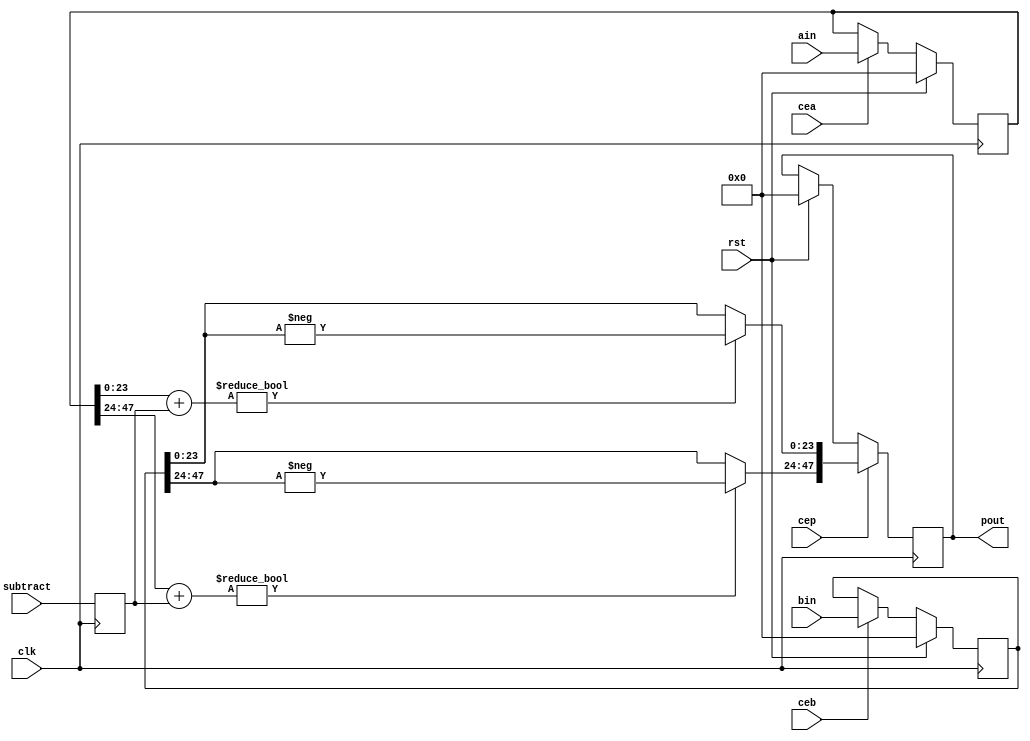
// This program was cloned from: https://github.com/Elphel/x393
// License: GNU General Public License v3.0

/*!
 * <b>Module:</b>dsp_addsub_simd
 * @file dsp_addsub_simd.v
 * @date 2016-06-05  
 * @author  Andrey Filippov
 *     
 * @brief SIMD adder/subtracter
 *
 * @copyright Copyright (c) 2016 Elphel, Inc.
 *
 * <b>License:</b>
 *
 *dsp_addsub_simd.v is free software; you can redistribute it and/or modify
 * it under the terms of the GNU General Public License as published by
 * the Free Software Foundation, either version 3 of the License, or
 * (at your option) any later version.
 *
 *  dsp_addsub_simd.v is distributed in the hope that it will be useful,
 * but WITHOUT ANY WARRANTY; without even the implied warranty of
 * MERCHANTABILITY or FITNESS FOR A PARTICULAR PURPOSE.  See the
 * GNU General Public License for more details.
 *
 * You should have received a copy of the GNU General Public License
 * along with this program.  If not, see <http://www.gnu.org/licenses/> .
 *
 * Additional permission under GNU GPL version 3 section 7:
 * If you modify this Program, or any covered work, by linking or combining it
 * with independent modules provided by the FPGA vendor only (this permission
 * does not extend to any 3-rd party modules, "soft cores" or macros) under
 * different license terms solely for the purpose of generating binary "bitstream"
 * files and/or simulating the code, the copyright holders of this Program give
 * you the right to distribute the covered work without those independent modules
 * as long as the source code for them is available from the FPGA vendor free of
 * charge, and there is no dependence on any encrypted modules for simulating of
 * the combined code. This permission applies to you if the distributed code
 * contains all the components and scripts required to completely simulate it
 * with at least one of the Free Software programs.
 */
`timescale 1ns/1ps

module  dsp_addsub_simd#(
    parameter NUM_DATA =  2,   // Currently with INSTANTIATE_DSP48E1 should be 2
    parameter WIDTH =    24    // Currently with INSTANTIATE_DSP48E1 should be 24
)(
    input                          clk,
    input                          rst,
    input  [NUM_DATA * WIDTH -1:0] ain,
    input  [NUM_DATA * WIDTH -1:0] bin,
    input                          cea,      // load a registers
    input                          ceb,      // load b registers
    input                          subtract, // 0 - add, 1 - subtract
    input                          cep,      // load output registers
    output [NUM_DATA * WIDTH -1:0] pout);

`ifdef INSTANTIATE_DSP48E1
    wire [4:0] inmode = { 1'b1,  // ~selb,
                          1'b0,  // sub_d,
                          1'b0,  // seld,
                          1'b0,  // seld, // ~en_a,
                          1'b1}; // ~sela};
// No CIN in the middle of SIMD words!                          
//    wire [3:0] alumode = {2'b0,        // Z + X + Y + CIN  / -Z +( X + Y + CIN) -1
    wire [3:0] alumode = {2'b0,        // Z + X + Y + CIN  / Z -( X + Y + CIN)
                          subtract, // 1'b0,     
                          subtract};
    wire [6:0] opmode =  {3'b011, // Z = C-input
                          2'b00,  // Y = 0
                          2'b11}; // X = A:B
//    wire cryin = subtract;                      
                          
    DSP48E1 #(
        .ACASCREG            (1),
        .ADREG               (1),
        .ALUMODEREG          (1),
        .AREG                (1), // (1)
        .AUTORESET_PATDET    ("NO_RESET"),
        .A_INPUT             ("DIRECT"),
        .BCASCREG            (1),
        .BREG                (1), // (1)
        .B_INPUT             ("DIRECT"),
        .CARRYINREG          (1),
        .CARRYINSELREG       (1),
        .CREG                (1), //(1),
        .DREG                (1),
        .INMODEREG           (1),
        .IS_ALUMODE_INVERTED (4'b0),
        .IS_CARRYIN_INVERTED (1'b0),
        .IS_CLK_INVERTED     (1'b0),
        .IS_INMODE_INVERTED  (5'b0),
        .IS_OPMODE_INVERTED  (7'b0),
        .MASK                (48'hffffffffffff),
        .MREG                (0),
        .OPMODEREG           (1),
        .PATTERN             (48'h000000000000),
        .PREG                (1),
        .SEL_MASK            ("MASK"),
        .SEL_PATTERN         ("PATTERN"),
        .USE_DPORT           ("TRUE"), //("FALSE"),
        .USE_MULT            ("NONE"), //("MULTIPLY"),
        .USE_PATTERN_DETECT  ("NO_PATDET"),
        .USE_SIMD            ("TWO24") // ("ONE48")
    ) DSP48E1_i (
        .ACOUT          (),           // output[29:0] 
        .BCOUT          (),           // output[17:0] 
        .CARRYCASCOUT   (),           // output
        .CARRYOUT       (),           // output[3:0] 
        .MULTSIGNOUT    (),           // output
        .OVERFLOW       (),           // output
        .P              (pout),       // output[47:0] 
        .PATTERNBDETECT (),           // output
        .PATTERNDETECT  (),           // output
        .PCOUT          (),           // output[47:0] 
        .UNDERFLOW      (),           // output
        .A              (bin[47:18]), // input[29:0] 
        .ACIN           (30'b0),      // input[29:0] 
        .ALUMODE        (alumode),    // input[3:0] 
        .B              (bin[17:0]),  // input[17:0] 
        .BCIN           (18'b0),      // input[17:0] 
        .C              (ain),        // input[47:0] 
        .CARRYCASCIN    (1'b0),       // input
        .CARRYIN        (1'b0),       // cryin),      // input
        .CARRYINSEL     (3'h0),       // input[2:0] // later modify? 
        .CEA1           (1'b0),       // input
        .CEA2           (ceb),        // input
        .CEAD           (1'b0),       // input
        .CEALUMODE      (1'b1),       // input
        .CEB1           (1'b0),       // input
        .CEB2           (ceb),        // input
        .CEC            (cea),        // input
        .CECARRYIN      (1'b1),       // input
        .CECTRL         (1'b1),       // input
        .CED            (1'b0),       // input
        .CEINMODE       (1'b1),       // input
        .CEM            (1'b0),       // input
        .CEP            (cep),        // input
        .CLK            (clk),        // input
        .D              (25'h1ffffff),// input[24:0] 
        .INMODE         (inmode),     // input[4:0] 
        .MULTSIGNIN     (1'b0),       // input
        .OPMODE         (opmode),     // input[6:0] 
        .PCIN           (48'b0),      // input[47:0] 
        .RSTA           (rst),        // input
        .RSTALLCARRYIN  (rst),        // input
        .RSTALUMODE     (rst),        // input
        .RSTB           (rst),        // input
        .RSTC           (rst),        // input
        .RSTCTRL        (rst),        // input
        .RSTD           (1'b0),       // input
        .RSTINMODE      (rst),        // input
        .RSTM           (1'b0),        // input
        .RSTP           (rst)         // input
    );
`else
    reg    [NUM_DATA * WIDTH -1:0] a_reg;
    reg    [NUM_DATA * WIDTH -1:0] b_reg;
    reg    [NUM_DATA * WIDTH -1:0] p_reg;
    reg                            sub_r;
    wire   [NUM_DATA * WIDTH -1:0] p_w;
    assign pout = p_reg;                        

    generate
        genvar i;
        for (i = 0; i < 4; i = i+1) begin: byte_fifo_block
            assign p_w[WIDTH*i +: WIDTH] = a_reg[WIDTH*i +: WIDTH] + sub_r ? -b_reg[WIDTH*i +: WIDTH]  : b_reg[WIDTH*i +: WIDTH];
        end
    endgenerate            

    
    always @ (posedge clk) begin
        if      (rst) a_reg <= 0;
        else if (cea) a_reg <= ain;

        if      (rst) b_reg <= 0;
        else if (ceb) b_reg <= bin;
        
        sub_r <= subtract;
        
        if      (rst) p_reg <= 0;
        if      (cep) p_reg <= p_w;
    end
`endif
endmodule